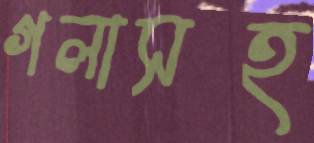
গলাসহ